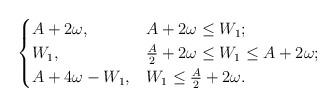
LaTeX: \begin{align*}\begin{cases}A+2\omega, & A+2\omega \leq W_1; \\ W_1, & \frac{A}{2}+2\omega \leq W_1 \leq A+2\omega;\\ A+4\omega-W_1, & W_1 \leq \frac{A}{2}+ 2\omega.\\\end{cases}\end{align*}